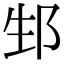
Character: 𨚥